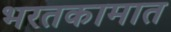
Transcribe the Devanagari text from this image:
भरतकामात